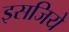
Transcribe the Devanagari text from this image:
इसजिये